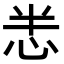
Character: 𢘤